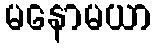
မနောမယာ